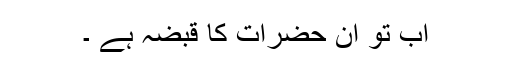
اب تو ان حضرات کا قبضہ ہے ۔